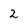
Character: 2